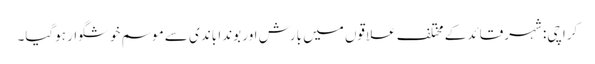
کراچی: شہرقائد کے مختلف علاقوں میں بارش اور بوندا باندی سے موسم خوشگوار ہوگیا۔